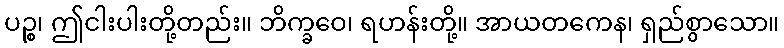
ပဉ္စ၊ ဤငါးပါးတို့တည်း။ ဘိက္ခဝေ၊ ရဟန်းတို့။ အာယတကေန၊ ရှည်စွာသော။